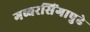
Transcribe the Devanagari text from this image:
गब्बरसिंगापुढे